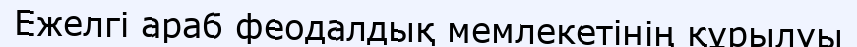
Ежелгі араб феодалдық мемлекетінің құрылуы